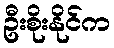
ဦးစိုးနိုင်က